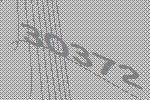
30372